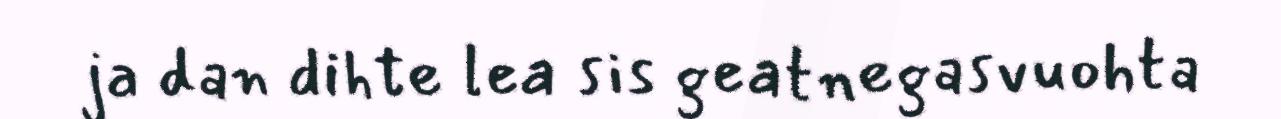
ja dan dihte lea sis geatnegasvuohta